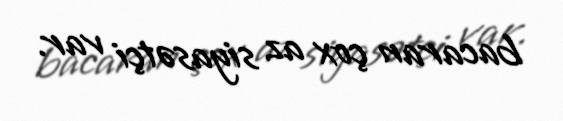
bacaran çox az siyasətçi var.